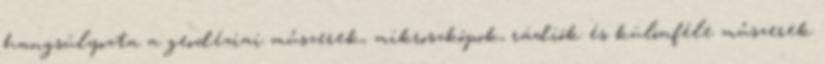
hangsúlyozta a geodéziai műszerek, mikroszkópok, rádiók és különféle műszerek